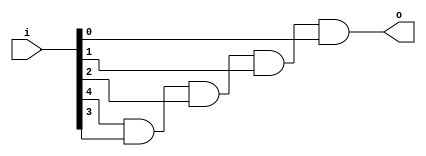
module bsg_reduce_width_p5_and_p1_harden_p1
(
  i,
  o
);

  input [4:0] i;
  output o;
  wire o,N0,N1,N2;
  assign o = N2 & i[0];
  assign N2 = N1 & i[1];
  assign N1 = N0 & i[2];
  assign N0 = i[4] & i[3];

endmodule